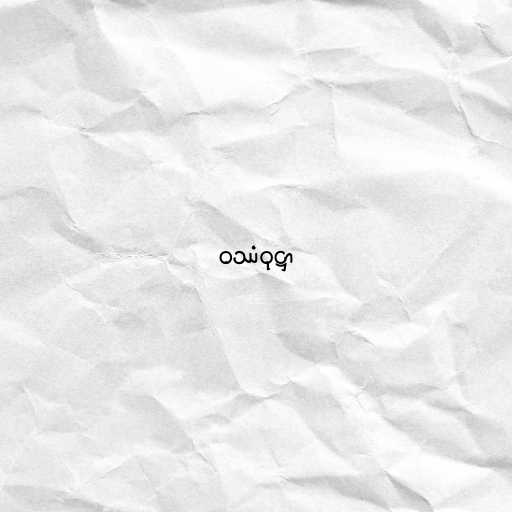
ဝဿံဝုဋ္ဌာ